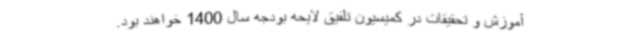
آموزش و تحقیقات در کمیسیون تلفیق لایحه بودجه سال 1400 خواهند بود.